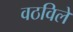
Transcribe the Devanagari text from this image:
वठविले